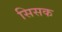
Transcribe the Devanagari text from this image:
सिसक